Vaccination in Burma 1900-1911 - 1900-1911
Year: 1900
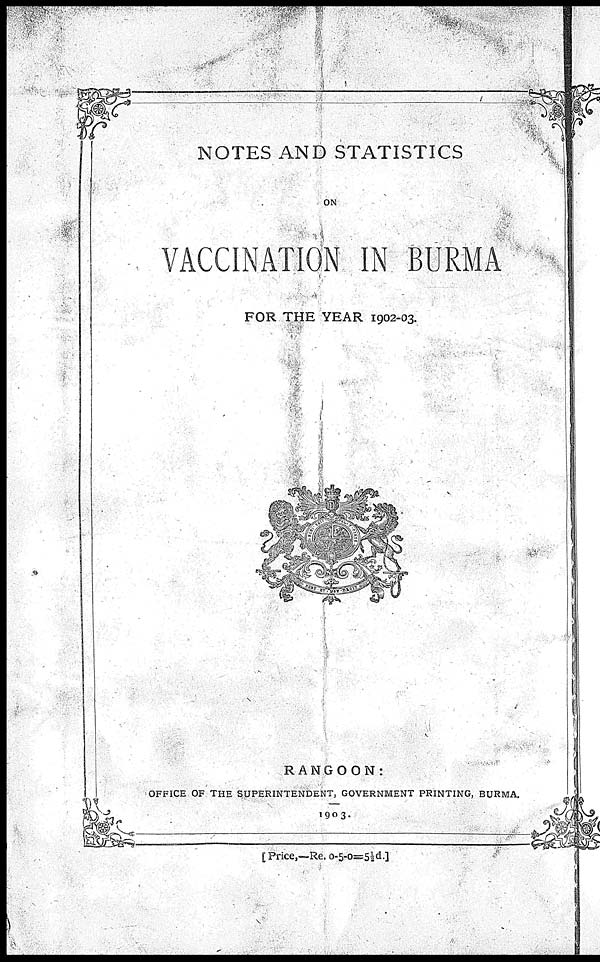
NOTES AND STATISTICS
ON
VACCINATION IN BURMA
FOR THE YEAR 1902-03.
RANGOON:
OFFICE OF THE SUPERINTENDENT, GOVERNMENT PRINTING, BURMA.
1903.
[ Price,—Re. 0-5-0=5½ d.]